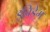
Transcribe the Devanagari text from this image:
इविडेम